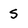
Character: S